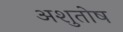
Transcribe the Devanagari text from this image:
अशुतोष